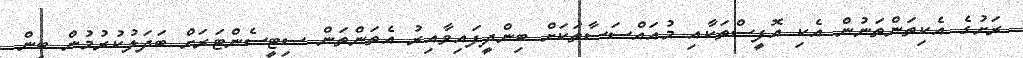
ރަށުގެ އެކިތަންތަނުން އެކި އޮފީސްތަކާއި މުއައްސަސާތަކަށް ބިންދީފައިވާއިރު އެތަންތަން ސިޓީސެންޓަރަށް ބަދަލުކުރުމުން ބިން